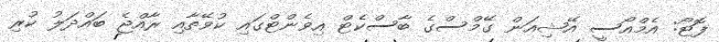
ފޮޓޯ: އެމްއޯސީ އޭޝިއަން ގޭމްސްގެ ބާސްކެޓް އިވެންޓްގައި ކުވޭތާއި ރާއްޖެ ބައްދަލު ކުރި